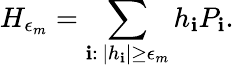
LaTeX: H_{\epsilon_{m}}=\sum_{\mathbf{i}:\, |h_{\mathbf{i}}|\geq\epsilon_{m}}h_{\mathbf{i}}P_{\mathbf{i}}.